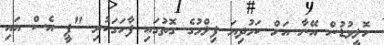
ހޮލީވުޑުން އޭނާ އަށް ކަމުދިޔަ ފިލްމުގެ ގޮތުގައި ފާހަގަކުރި "ޕީ އެސް އައި